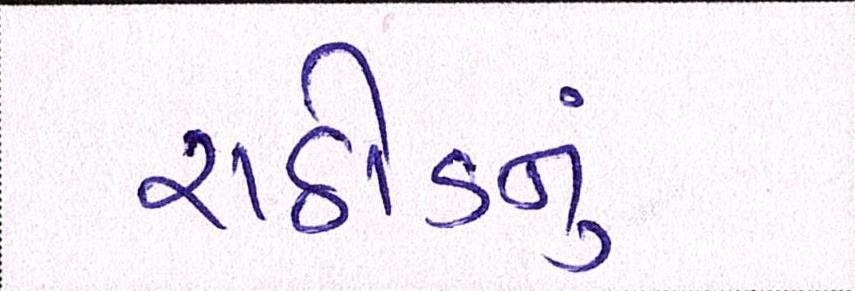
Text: રાઠોડનું